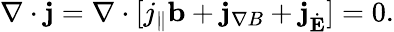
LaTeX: \nabla\cdot\mathbf{j}=\nabla\cdot[j_{\| }\mathbf{b}+\mathbf{j}_{\nabla B}+\mathbf{j}_{\dot{\mathbf{E}}}]=0.